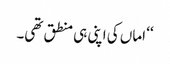
‘‘ اماں کی اپنی ہی منطق تھی۔